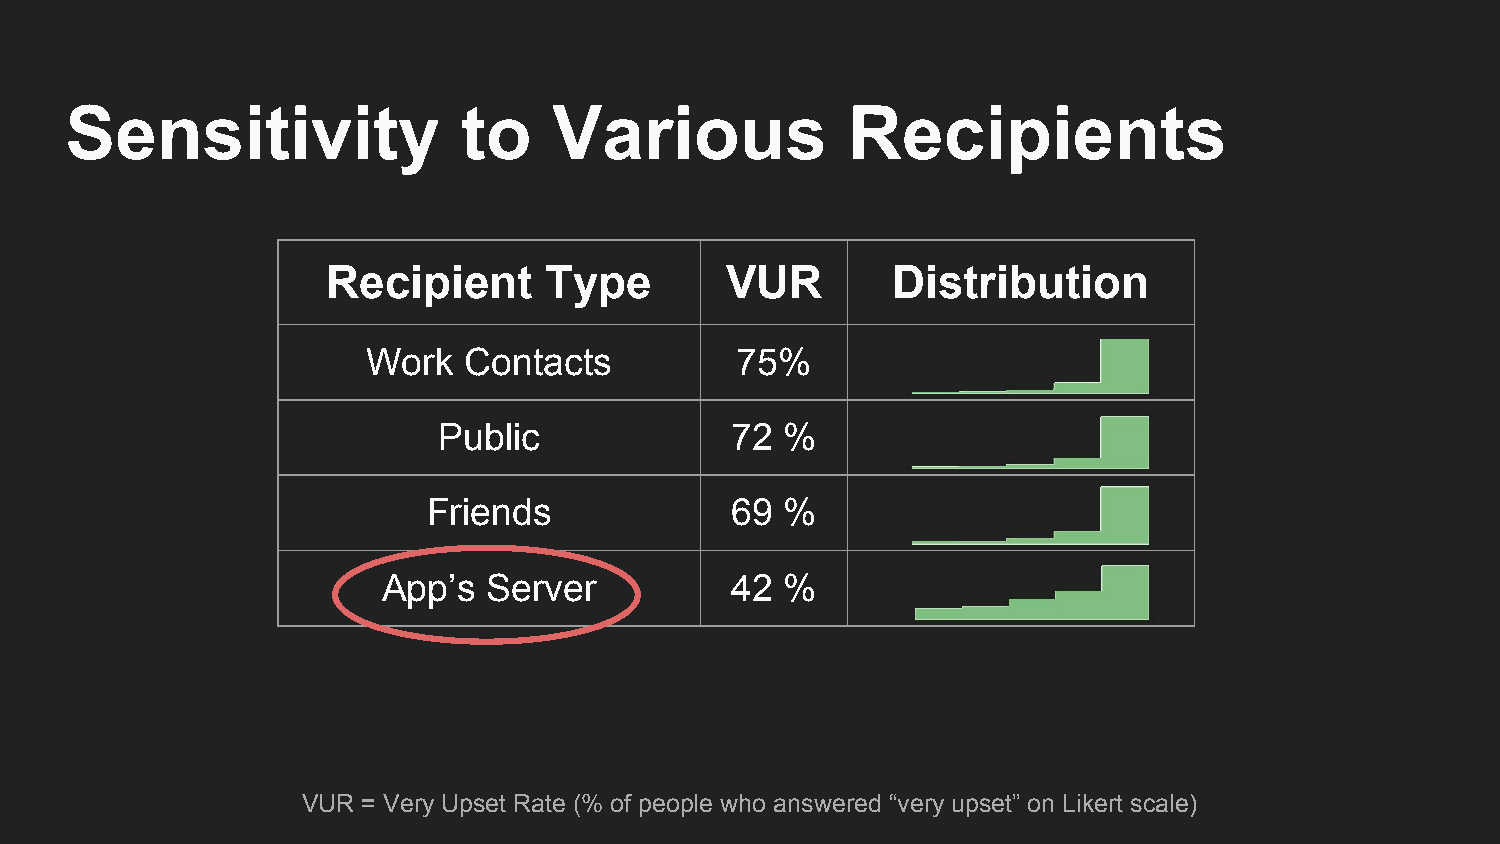
Sensitivity                to    Various            Recipients
 Recipient     Type        VUR        Distribution
 Work   Contacts          75%
 Public             72  %
 Friends             69  %
 App’s  Server          42  %
 VUR = Very Upset Rate (% of people who answered “very upset” on Likert scale)